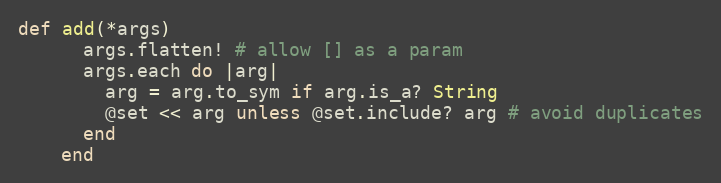
Language: Ruby
def add(*args)
      args.flatten! # allow [] as a param
      args.each do |arg|
        arg = arg.to_sym if arg.is_a? String
        @set << arg unless @set.include? arg # avoid duplicates
      end
    end